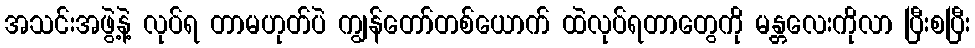
အသင်းအဖွဲ့နဲ့ လုပ်ရ တာမဟုတ်ပဲ ကျွန်တော်တစ်ယောက် ထဲလုပ်ရတာတွေကို မန္တလေးကိုလာ ပြီးစပြီး